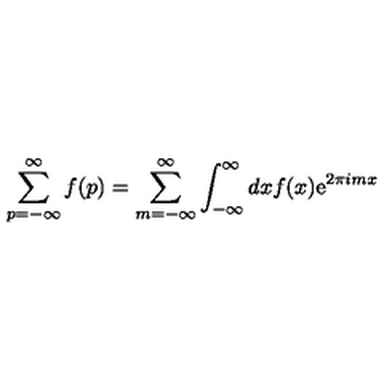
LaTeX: \sum _ { p = - \infty } ^ { \infty } f ( p ) = \sum _ { m = - \infty } ^ { \infty } \int _ { - \infty } ^ { \infty } d x f ( x ) \mathrm { e } ^ { 2 \pi i m x }